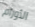
الأورام